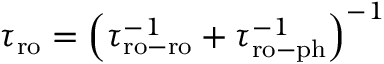
\begin{array} { r } { \tau _ { \mathrm { r o } } = \left( \tau _ { \mathrm { r o - r o } } ^ { - 1 } + \tau _ { \mathrm { r o - p h } } ^ { - 1 } \right) ^ { - 1 } } \end{array}